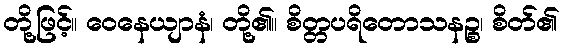
တို့ဖြင့်။ ဝေနေယျာနံ၊ တို့၏။ စိတ္တပရိတောသနဉ္စ၊ စိတ်၏